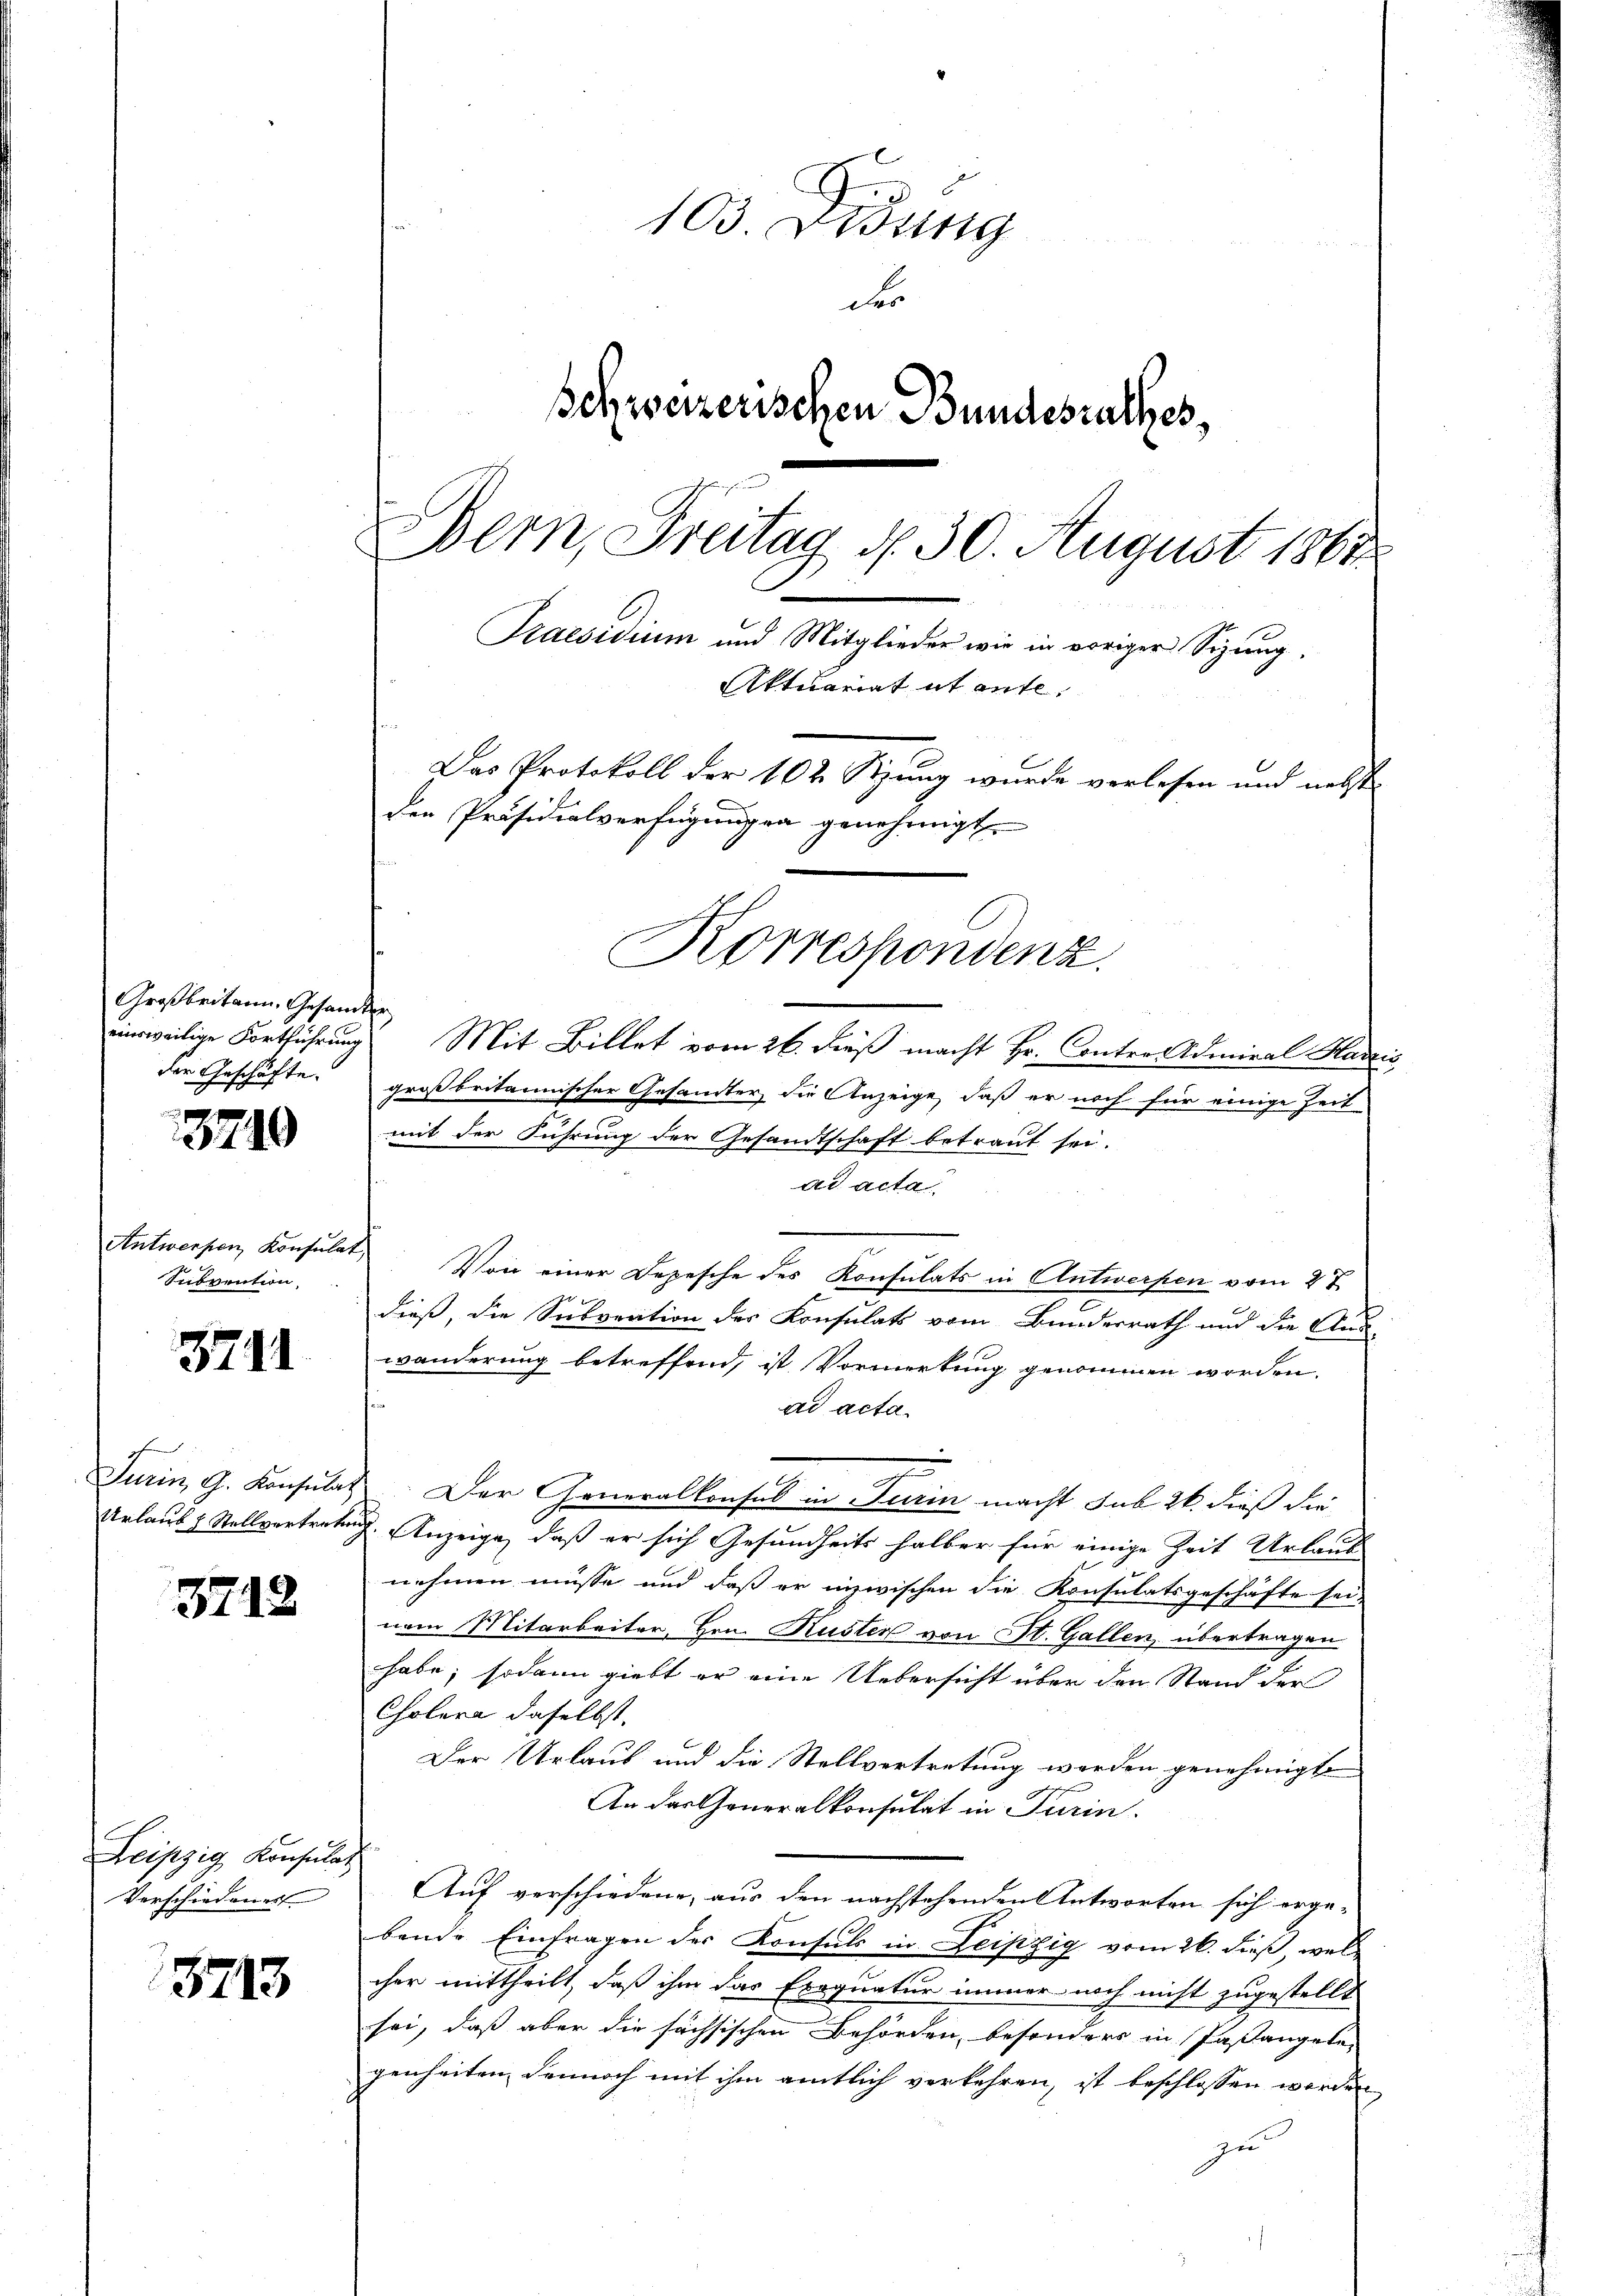
Großbritann, Gesandter
der Geschäfte.

3749

Antwerfen, Konsulat
Subvention,

3711

ohe

3718

Leipzig Konsula
Verschiedenes

8713

einweilige Fortführung Mit Billet vom 26. dieß macht Hr. Contro- Admiral Harzis
großbritannischer Gesandter die Anzeige, daß er noch für einige Zeit
mit der Führung der Gesandtschaft betraut sei.
ad acta
Von einer Depesche des Konsulats in Antworfen vom 27
dieß, die Subvention des Konsulats vom Bunderrath und die Aus-
wanderung betreffend, ist Vormerkung genommen worden.
ad acta.
Turin G. Konsulat. Der Generalkonsul in Turin macht sub 26. dieß die
Urlaub & Stellvertretung. Anzeige, daß er sich Gesundheits halber für einige Zeit Urlaub
nehmen müsse und daß er inzwischen die Konsulatsgeschäfte sei
nem Mitarbeiter, Hrn. Kuster von St. Gallen, übertragen
habe; sodann giebt er eine Uebersicht über den Stand der
Cholera daselbst.
Der Urlaub und die Stellvertretung worden genehmigt
An das Generalkonsulat in Turin
Auf verschiedene, aus den nachstehenden Antworten sich erge-
bende Einfragen der Konsuls in Leipzig vom 26. dieß, welcher mittheilt, daß ihm das Exequatur immer noch nicht zugestellt
sei, daß aber die sächsischen Behörden, besonders in Paßangelegenheiten dennoch mit ihm amtlich verkehren, ist beschlossen werden
zu

103. Fidung
des
schweizerischen Bundesrathes,
Bern, Freitag d. 30. August 1861
Praesidium und Mitglieder wie in voriger Sizung.
Aktuariat et aufe.
Das Protokoll der 102. Sizung wurde vorlesen und nebst
den Präsidialverfügungen genehmigt.

Korrespondenz.